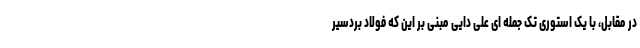
در مقابل، با یک استوری تک جمله ای علی دایی مبنی بر این که فولاد بردسیر